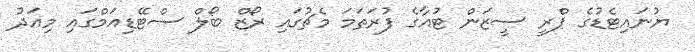
ޔުނައިޓެޑުގެ ޕްރީ ސީޒަން ޓުއާގެ ފުރަތަމަ މެޗުގައި ރޯޒް ބޯލް ސްޓޭޑިއަމްގައި މިއަދު